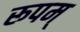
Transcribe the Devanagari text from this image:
रूपम्